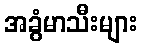
အခွံမာသီးများ